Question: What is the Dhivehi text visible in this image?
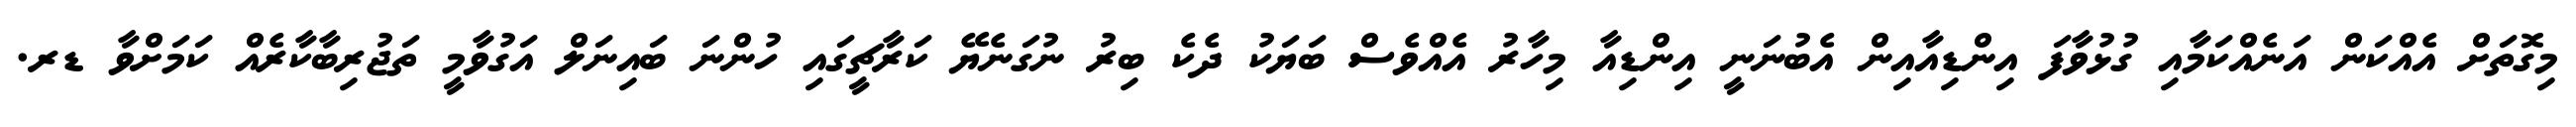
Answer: މިގޮތަށް އެއްކަން އަނެއްކަމާއި ގުޅުވާފަ އިންޑިއާއިން އެބުނަނީ އިންޑިއާ މިހާރު އެއްވެސް ބަޔަކު ދެކެ ބިރު ނުގަނެޔޭ ކަރާޗީގައި ހުންނަ ބައިނަލް އަގުވާމީ ތަޖުރިބާކާރެއް ކަމަށްވާ ޑރ.